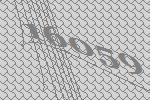
16059